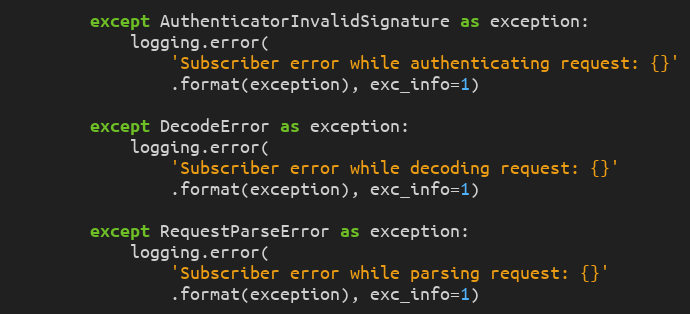
Language: Python
        except AuthenticatorInvalidSignature as exception:
            logging.error(
                'Subscriber error while authenticating request: {}'
                .format(exception), exc_info=1)

        except DecodeError as exception:
            logging.error(
                'Subscriber error while decoding request: {}'
                .format(exception), exc_info=1)

        except RequestParseError as exception:
            logging.error(
                'Subscriber error while parsing request: {}'
                .format(exception), exc_info=1)